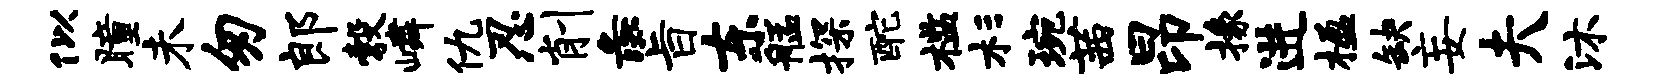
似瞳未匆郎彀嶙仇忍削彘旨东艋探酡槛杉琬茜昂掾进楹缺妄夫沐